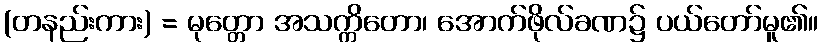
(တနည်းကား) = မုတ္တော အသက္ကိတော၊ အောက်ဖိုလ်ခဏ၌ ပယ်တော်မူ၏။